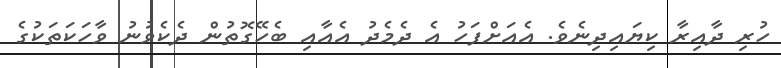
ހުރި ދާއިރާ ކިޔައިދިނެވެ. އެއަށްފަހު އެ ދެމެދު އެއާއި ބެހޭގޮތުން ދެކެވުނު ވާހަކަތަކުގެ